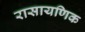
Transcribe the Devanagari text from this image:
रासायणिक